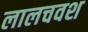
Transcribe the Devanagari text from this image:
लालचवश